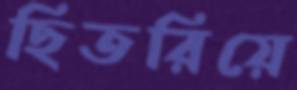
ছিতরিয়ে